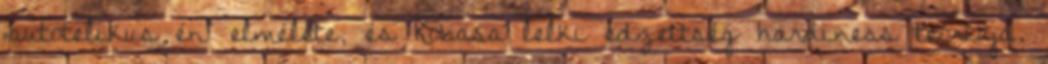
„autotelikus én” elmélete, és Kobasa lelki edzettség hardiness teóriája.